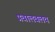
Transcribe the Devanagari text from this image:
प्रवालवलय